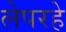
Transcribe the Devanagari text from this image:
लेपरहे